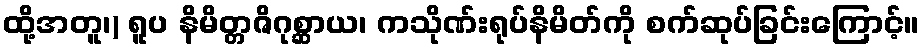
ထို့အတူ၊) ရူပ နိမိတ္တဇိဂုစ္ဆာယ၊ ကသိုဏ်းရုပ်နိမိတ်ကို စက်ဆုပ်ခြင်းကြောင့်။